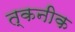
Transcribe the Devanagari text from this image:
त्कनीक